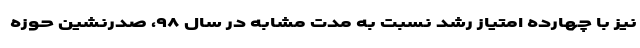
نیز با چهارده امتیاز رشد نسبت به مدت مشابه در سال ۹۸، صدرنشین حوزه